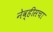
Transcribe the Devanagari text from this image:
नेव्हीसचा